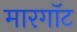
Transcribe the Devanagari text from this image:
मारगॉट